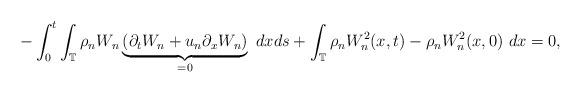
LaTeX: \begin{align*} - \int_{0}^{t} \int_{\mathbb{T}} \rho_{n}W_{n} \underbrace{\left( \partial_{t}W_{n} + u_{n}\partial_{x}W_{n} \right)}_{=0}~dxds + \int_{\mathbb{T}} \rho_{n}W_{n}^{2}(x,t)-\rho_{n}W_{n}^{2}(x,0)~dx = 0, \end{align*}